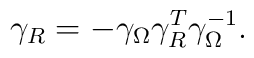
\gamma_R = - \gamma_\Omega \gamma_R^T \gamma_\Omega^{-1}.